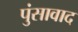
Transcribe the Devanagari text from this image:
पुंसावाद